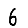
Digit: 6